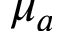
\mu _ { a }